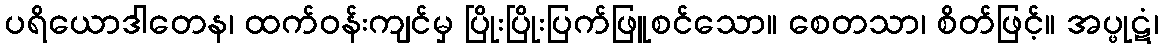
ပရိယောဒါတေန၊ ထက်ဝန်းကျင်မှ ပြိုးပြိုးပြက်ဖြူစင်သော။ စေတသာ၊ စိတ်ဖြင့်။ အပ္ဖုဋံ၊